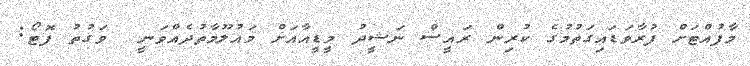
މާފުއްޓަށް ފުރާވަޑައިގަތުމުގެ ކުރިން ރައީސް ނަޝީދު މީޑީއާއަށް މައުލޫމާތުދެއްވަނީ  ވަގުތު ފޮޓޯ: